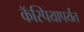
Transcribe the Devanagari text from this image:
कॅस्पियापर्यंत